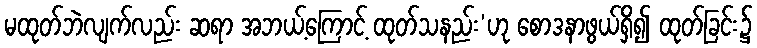
မထုတ်ဘဲလျက်လည်း ဆရာ အဘယ့်ကြောင့် ထုတ်သနည်း’ဟု စောဒနာဖွယ်ရှိ၍ ထုတ်ခြင်း၌